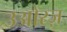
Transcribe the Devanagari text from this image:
उओरज़